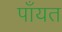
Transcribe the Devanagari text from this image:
पाँयत